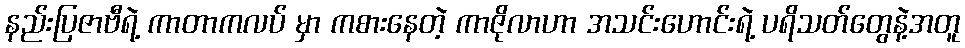
နည်းပြဇာဗီရဲ့ ကာတာကလပ် မှာ ကစားနေတဲ့ ကာဇိုလာဟာ အသင်းဟောင်းရဲ့ ပရိသတ်တွေနဲ့အတူ